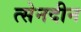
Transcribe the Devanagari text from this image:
त्सेनदीन